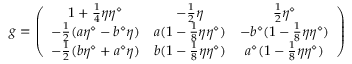
g = \left( \begin{array} { c c c } { { 1 + { \frac { 1 } { 4 } } \eta \eta ^ { \diamond } } } & { { - { \frac { 1 } { 2 } } \eta } } & { { { \frac { 1 } { 2 } } \eta ^ { \diamond } } } \\ { { - { \frac { 1 } { 2 } } ( a \eta ^ { \diamond } - b ^ { \diamond } \eta ) } } & { { a ( 1 - { \frac { 1 } { 8 } } \eta \eta ^ { \diamond } ) } } & { { - b ^ { \diamond } ( 1 - { \frac { 1 } { 8 } } \eta \eta ^ { \diamond } ) } } \\ { { - { \frac { 1 } { 2 } } ( b \eta ^ { \diamond } + a ^ { \diamond } \eta ) } } & { { b ( 1 - { \frac { 1 } { 8 } } \eta \eta ^ { \diamond } ) } } & { { a ^ { \diamond } ( 1 - { \frac { 1 } { 8 } } \eta \eta ^ { \diamond } ) } } \end{array} \right)